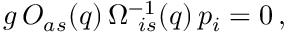
g \, O _ { a s } ( q ) \, \Omega _ { \ i s } ^ { - 1 } ( q ) \, p _ { i } = 0 \, ,